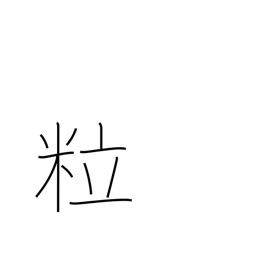
Meaning: grains